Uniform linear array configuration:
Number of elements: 48
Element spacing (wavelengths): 0.75
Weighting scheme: blackman
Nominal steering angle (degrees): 15
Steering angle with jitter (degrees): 16.068
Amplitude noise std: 0.05
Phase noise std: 0.05

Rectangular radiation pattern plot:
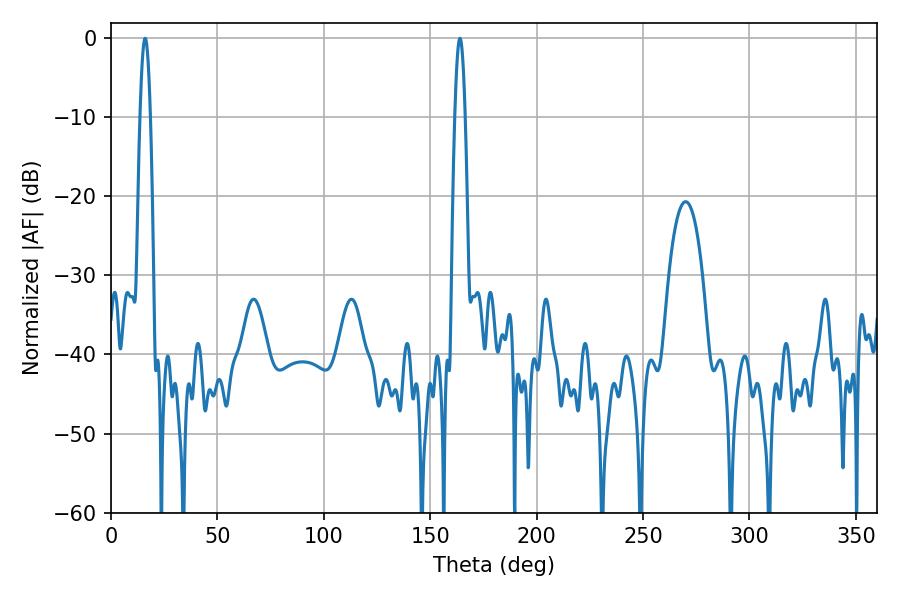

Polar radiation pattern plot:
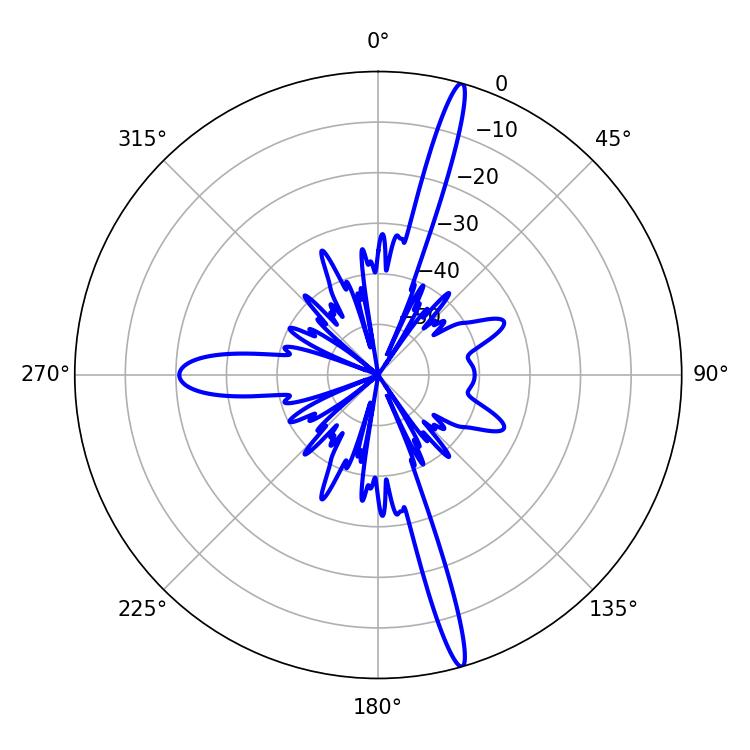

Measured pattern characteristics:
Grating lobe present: TRUE
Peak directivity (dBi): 18.711
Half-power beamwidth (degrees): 2.52
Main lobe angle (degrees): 16.02